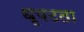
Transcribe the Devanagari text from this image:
धृषटता